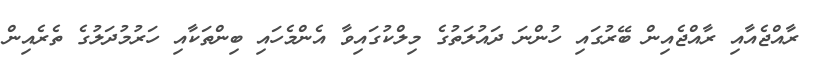
ރާއްޖެއާއި ރާއްޖެއިން ބޭރުގައި ހުންނަ ދައުލަތުގެ މިލްކުގައިވާ އެންމެހައި ބިންތަކާއި ހަރުމުދަލުގެ ތެރެއިން